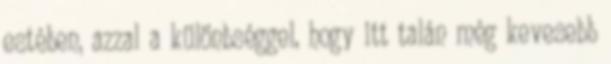
estében, azzal a különbséggel, hogy itt talán még kevesebb